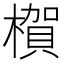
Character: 𪳺